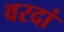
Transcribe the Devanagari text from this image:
वरदां